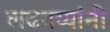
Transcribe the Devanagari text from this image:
लढवय्यांनी